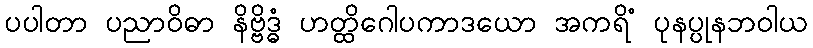
ပပါတာ ပညာဝိဓာ နိဗ္ဗိဒ္ဓံ ဟတ္ထိဂေါပကာဒယော အကရိံ ပုနပ္ပုနဘဝါယ